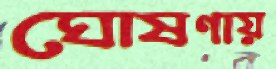
ঘোষণায়